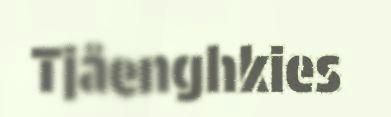
Tjåenghkies